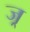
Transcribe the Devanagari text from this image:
ज्र्